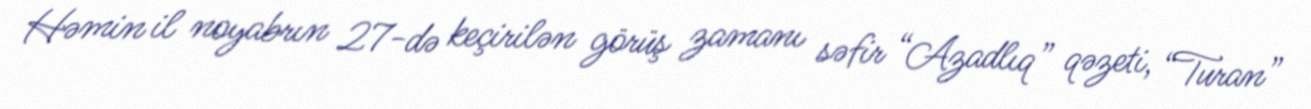
Həmin il noyabrın 27-də keçirilən görüş zamanı səfir “Azadlıq” qəzeti, “Turan”